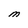
Character: M